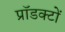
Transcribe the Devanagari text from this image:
प्रॉडक्टों